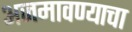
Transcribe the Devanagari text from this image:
अजमावण्याचा